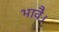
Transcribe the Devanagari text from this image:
भावै।